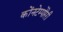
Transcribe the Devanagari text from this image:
कोंनटेम्पोरेरी